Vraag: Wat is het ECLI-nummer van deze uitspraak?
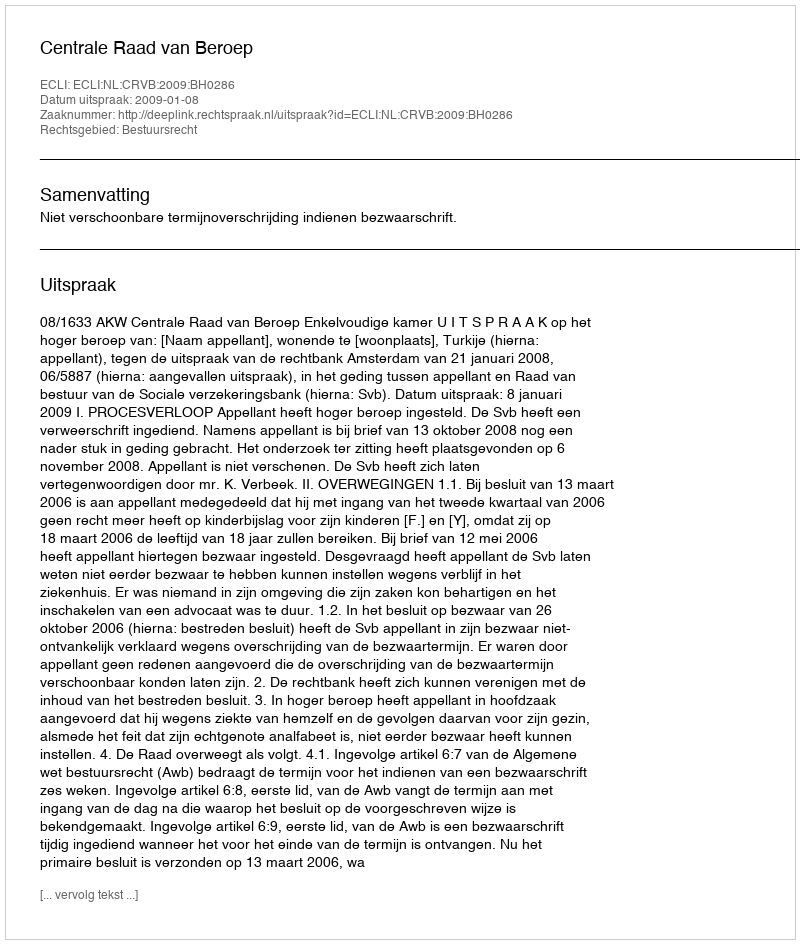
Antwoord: ECLI:NL:CRVB:2009:BH0286